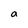
Character: a